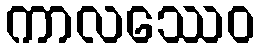
ကာလဿေဝ